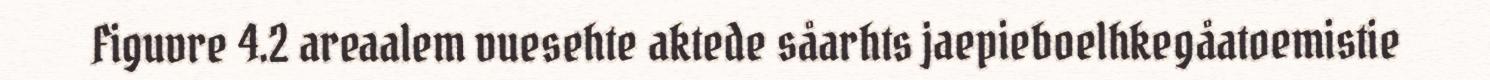
Figuvre 4.2 areaalem vuesehte aktede såarhts jaepieboelhkegåatoemistie